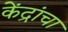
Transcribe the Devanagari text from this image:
केंद्रांचा